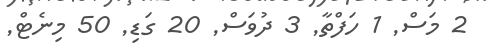
2 މަސް